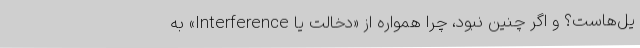
یل‌هاست؟ و اگر چنین نبود، چرا همواره از «دخالت یا Interference» به